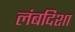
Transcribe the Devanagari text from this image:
लंबदिशा